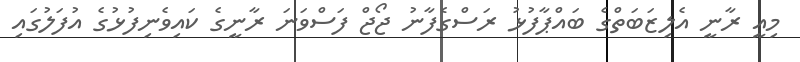
މިއީ ރާނީ އެލިޒަބަތްގެ ބައްޕާފުޅު ރަސްގެފާނު ޖޯޖް ފަސްވަނަ ރާނީގެ ކައިވެނިފުޅުގެ އުފަލުގައި